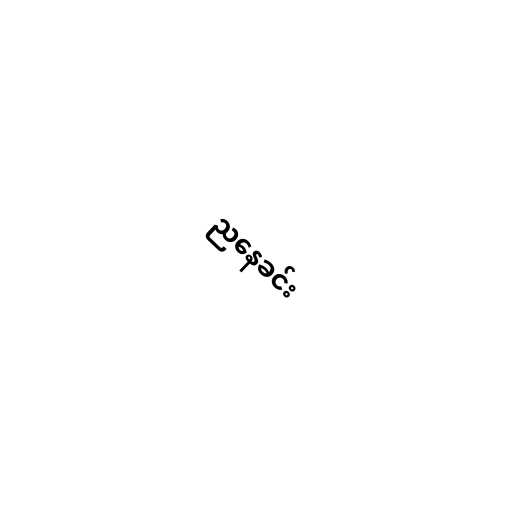
ညနေခင်း